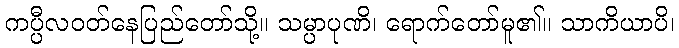
ကပ္ပီလဝတ်နေပြည်တော်သို့။ သမ္ပာပုဏိ၊ ရောက်တော်မူ၏။ သာကိယာပိ၊